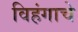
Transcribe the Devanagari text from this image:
विहंगाचे